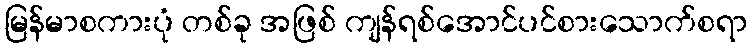
မြန်မာစကားပုံ တစ်ခု အဖြစ် ကျန်ရစ်အောင်ပင်စားသောက်စရာ